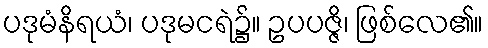
ပဒုမံနိရယံ၊ ပဒုမငရဲ၌။ ဥပပဇ္ဇိ၊ ဖြစ်လေ၏။